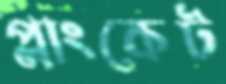
প্লাংকেট